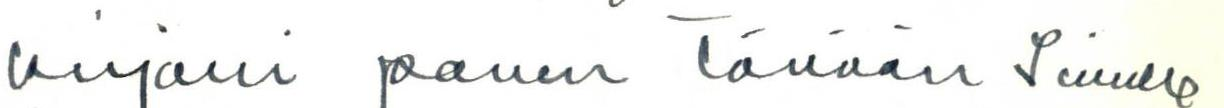
kirjani panen Tänään Sinulle